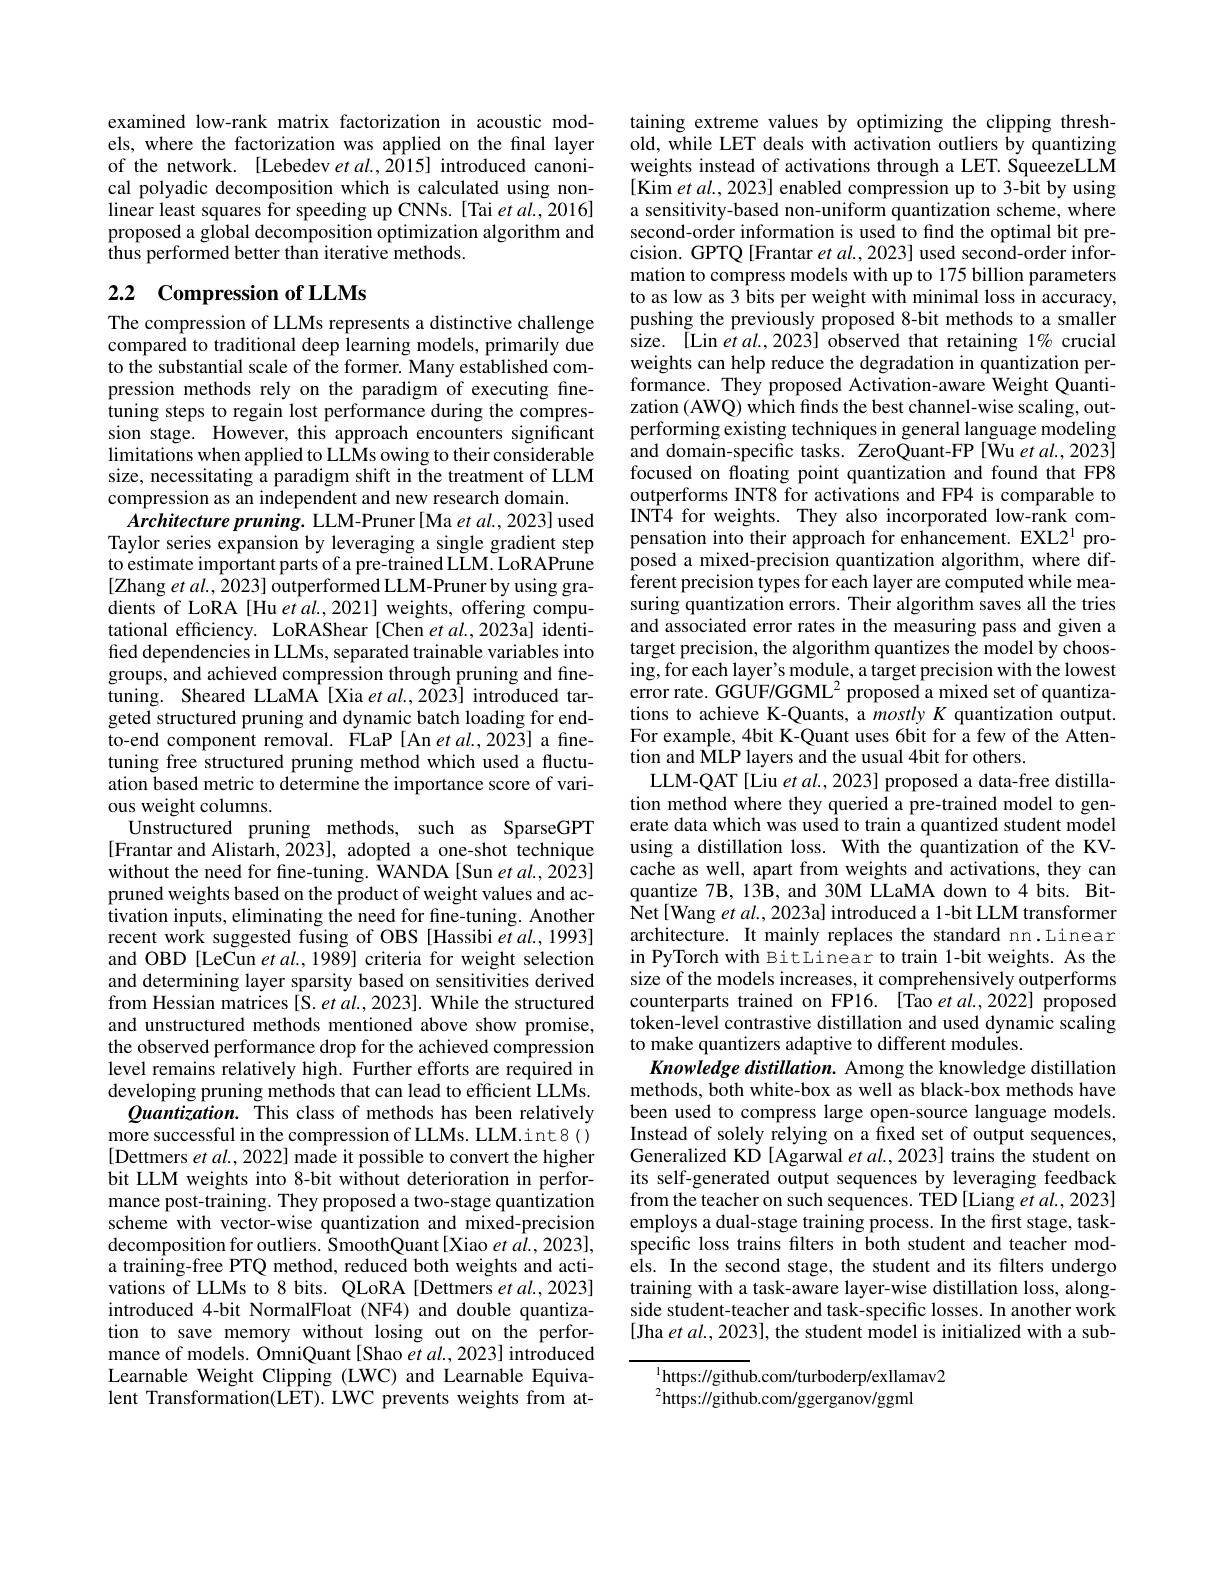
examined low-rank matrix factorization in acoustic models, where the factorization was applied on the final layer of the network. [Lebedev et al.,2015] introduced canonical polyadic decomposition which is calculated using nonlinear least squares for speeding up CNNs. [Tai et al., 2016] proposed a global decomposition optimization algorithm and $\hat{\text{thus performed better than iterative methods.}}$

# 2.2 Compression of LLMs

The compression of LLMs represents a distinctive challenge compared to traditional deep learning models, primarily due to the substantial scale of the former. Many established compression methods rely on the paradigm of executing finetuning steps to regain lost performance during the compression stage. However, this approach encounters significant limitations when applied to LLMs owing to their considerable size, necessitating a paradigm shift in the treatment of LLM compression as an independent and new research domain.
$Architecture\textit{ pruning. LLM- Pruner [ Ma et al. , 2023] used}$ Taylor series expansion by leveraging a single gradient step to estimate important parts of a pre-trained LLM. LoRAPrune [Zhang $etal.,\hat{2}023]\hat{\text{outperformed LLM-Prunerby using gra-}}$ dients of LoRA[Hu $etal.,2021]$ weights, offering computational efficiency. LoRAShear [Chen $etal.,2023$a] identified dependencies in LLMs, separated trainable variables into groups, and achieved compression through pruning and finetuning. Sheared LLaMA [Xia et al.,2023] introduced targeted structured pruning and dynamic batch loading for endto-end component removal. FLaP [An et al.,2023] a finetuning free structured pruning method which used a fluctuation based metric to determine the importance score of various weight columns.
Unstructured pruning methods, such as SparseGPT [Frantar and Alistarh, 2023], adopted a one-shot technique without the need for fine-tuning. WANDA[Sun et al., 2023] pruned weights based on the product of weight values and activation inputs, eliminating the need for fine-tuning. Another recent work suggested fusing of OBS [Hassibi et al., 1993] and OBD [LeCun et al., 1989] criteria for weight selection and determining layer sparsity based on sensitivities derived from Hessian matrices[S. et $al.,2023].$ While the structured and unstructured methods mentioned above show promise, the observed performance drop for the achieved compression level remains relatively high. Further efforts are required in developing pruning methods that can lead to efficient LLMs.
Quantization. This class of methods has been relatively more successful in the compression of LLMs. LLM.int8() [Dettmers et al., 2022] made it possible to convert the higher bit LLM weights into 8-bit without deterioration in performance post-training. They proposed a two-stage quantization scheme with vector-wise quantization and mixed-precision decomposition for outliers. SmoothQuant[Xiao et a$\hat{l}.,2023]$, a training-free PTQ method, reduced both weights and activations of LLMs to 8 bits. QLoRA[Dettmers et al.,2023] introduced 4-bit NormalFloat (NF4) and double quantization to save memory without losing out on the performance of models. OmniQuant[Shao $etal.,2023]$ introduced Learnable Weight Clipping (LWC) and Learnable Equivalent Transformation(LET). LWC prevents weights from at-

taining extreme values by optimizing the clipping threshold, while LET deals with activation outliers by quantizing weights instead of activations through a LET. SqueezeLLM [Kim et al., 2023] enabled compression up to 3-bit by using a sensitivity-based non-uniform quantization scheme, where second-order information is used to find the optimal bit precision. GPTQ [Frantar et al., 2023] used second-order information to compress models with up to 175 billion parameters to as low as 3 bits per weight with minimal loss in accuracy, pushing the previously proposed 8-bit methods to a smaller size. [Lin et al.,2023] observed that retaining 1% crucial weights can help reduce the degradation in quantization performance. They proposed Activation-aware Weight Quantization (AWQ) which finds the best channel-wise scaling, outperforming existing techniques in general language modeling and domain-specific tasks. ZeroQuant-FP[Wu et al., 2023] focused on floating point quantization and found that FP8 outperforms INT8 for activations and FP4 is comparable to INT4 for weights. They also incorporated low-rank compensation into their approach for enhancement. EXL2$^{1}$ pro- $\hat{\text{posed a mixed-precision quantization algorithm, where dif-}}$ ferent precision types for each layer are computed while measuring quantization errors. Their algorithm saves all the tries and associated error rates in the measuring pass and given a target precision, the algorithm quantizes the model by choosing, for each layer's module, a target precision with the lowest error rate. GGUF/GGML$^2$proposed a mixed set of quantizations to achieve K-Quants, a mostly K quantization output. For example, 4bit K-Quant uses 6bit for a few of the Attention and $\hat{\text{MLPlayers and the usual 4bit for others.}}$
LLM-QAT [Liu et al., 2023] proposed a data-free distillation method where they queried a pre-trained model to generate data which was used to train a quantized student model using a distillation loss. With the quantization of the KVcache as well, apart from weights and activations, they can quantize 7B, 13B, and 30M LLaMA down to 4 bits. BitNet[Wang et al., 2023a] introduced a 1-bit LLM transformer architecture. It mainly replaces the standard nn.Linear in PyTorch with BitLinear to train 1-bit weights. As the size of the models increases, it comprehensively outperforms counterparts trained on FP16. [Tao et al.,2022] proposed token-level contrastive distillation and used dynamic scaling to make quantizers adaptive to different modules.
Knowledge distillation. Among the knowledge distillation methods, both white-box as well as black-box methods have been used to compress large open-source language models. Instead of solely relying on a fixed set of output sequences, Generalized KD [Agarwal et al., 2023] trains the student on its self-generated output sequences by leveraging feedback from the teacher on such sequences. TED [Liang et al., 2023] employs a dual-stage training process. In the first stage, taskspecific loss trains filters in both student and teacher models. In the second stage, the student and its filters undergo training with a task-aware layer-wise distillation loss, alongside student-teacher and task-specific losses. In another work [Jha et al., 2023], the student model is initialized with a sub-

$^{1}$https://github.com/turboderp/exllamav2
$^{2}$https://github.com/ggerganov/ggml